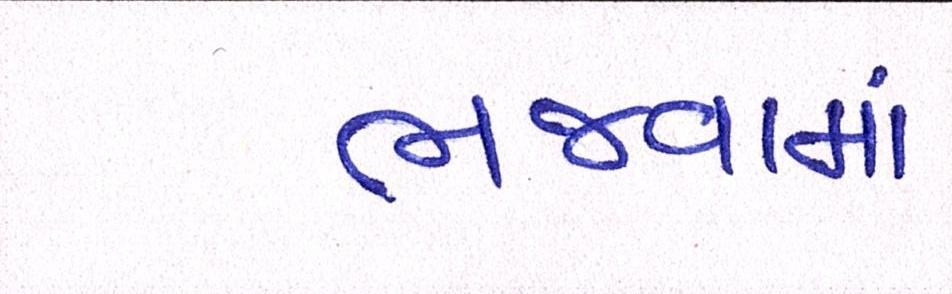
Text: ભજવામાં